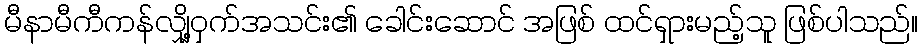
မီနာမီကီကန်လျှို့ဝှက်အသင်း၏ ခေါင်းဆောင် အဖြစ် ထင်ရှားမည့်သူ ဖြစ်ပါသည်။